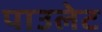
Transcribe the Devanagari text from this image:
पाउलेट